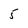
Character: 5